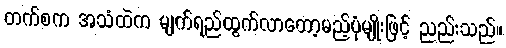
တက်စက အသံထဲက မျက်ရည်ထွက်လာတော့မည့်ပုံမျိုးဖြင့် ညည်းသည်။